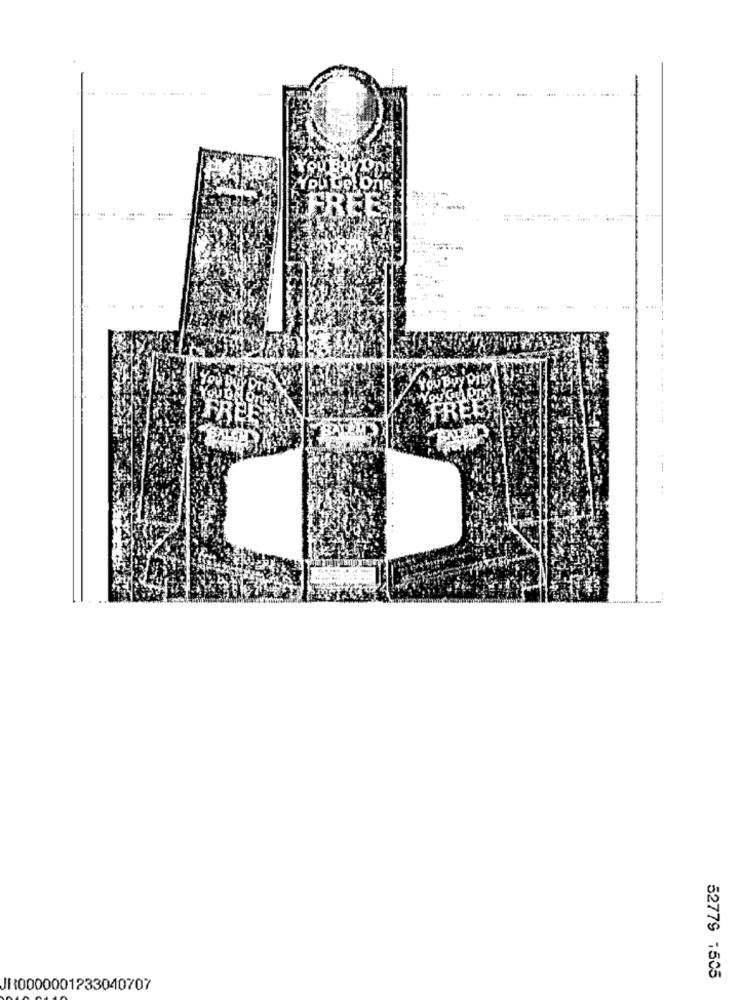
+
.----- - -
-
Byy Png
FREE
52779 1505
JR0000001233040707